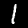
Digit: 1